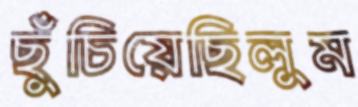
ছুঁচিয়েছিলুম